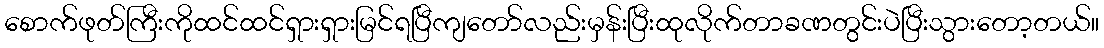
စောက်ဖုတ်ကြီးကိုထင်ထင်ရှားရှားမြင်ရပြီကျတော်လည်းမှန်းပြီးထုလိုက်တာခဏတွင်းပဲပြီးသွားတော့တယ်။